Vaccination United Provinces of Agra and Oudh 1902-1913 - 1902-1913
Year: 1902
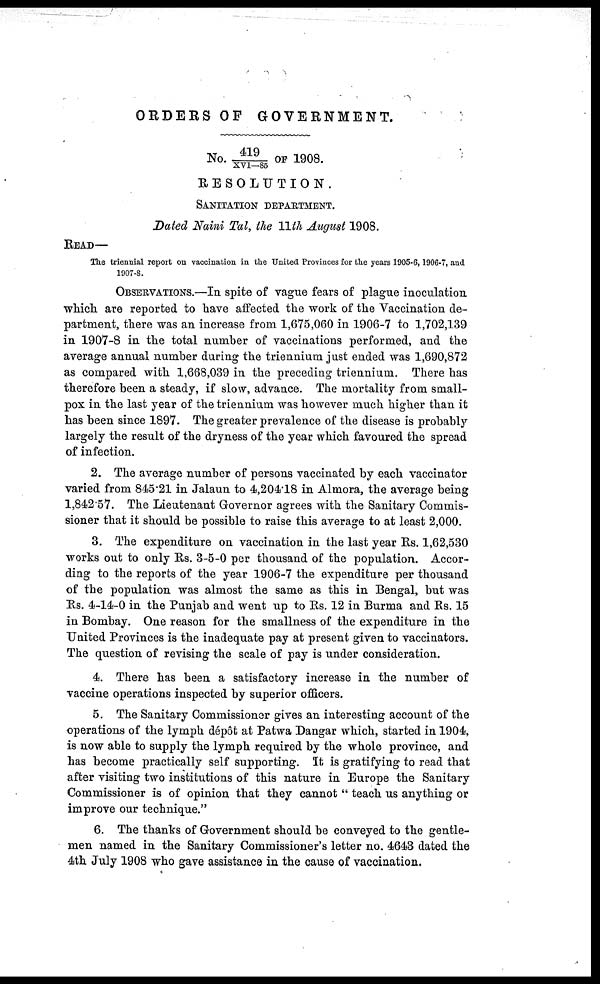
ORDERS OF GOVERNMENT.
No. 419/XVI—85 OF 1908.
RESOLUTION.
SANITATION DEPARTMENT.
Dated Naini Tal, the 11th August 1908.
READ—
The triennial report on vaccination in the United Provinces for the years 1905-6,1906-7, and
1907-8.
OBSERVATIONS.—In spite of vague fears of plague inoculation
which are reported to have affected the work of the Vaccination de-
partment, there was an increase from 1,675,060 in 1906-7 to 1,702,139
in 1907-8 in the total number of vaccinations performed, and the
average annual number during the triennium just ended was 1,690,872
as compared with 1,668,039 in the preceding triennium. There has
therefore been a steady, if slow, advance. The mortality from small-
pox in the last year of the triennium was however much higher than it
has been since 1897. The greater prevalence of the disease is probably
largely the result of the dryness of the year which favoured the spread
of infection.
2. The average number of persons vaccinated by each vaccinator
varied from 845.21 in Jalaun to 4,204.18 in Almora, the average being
1,842.57. The Lieutenant Governor agrees with the Sanitary Commis-
sioner that it should be possible to raise this average to at least 2,000.
3. The expenditure on vaccination in the last year Rs. 1,62,530
works out to only Rs. 3-5-0 per thousand of the population. Accor-
ding to the reports of the year 1906-7 the expenditure per thousand
of the population was almost the same as this in Bengal, but was
Rs. 4-14-0 in the Punjab and went up to Rs. 12 in Burma and Rs. 15
in Bombay. One reason for the smallness of the expenditure in the
United Provinces is the inadequate pay at present given to vaccinators.
The question of revising the scale of pay is under consideration.
4. There has been a satisfactory increase in the number of
vaccine operations inspected by superior officers.
5. The Sanitary Commissioner gives an interesting account of the
operations of the lymph dépôt at Patwa Dangar which, started in 1904,
is now able to supply the lymph required by the whole province, and
has become practically self supporting. It is gratifying to read that
after visiting two institutions of this nature in Europe the Sanitary
Commissioner is of opinion that they cannot " teach us anything or
improve our technique."
6. The thanks of Government should be conveyed to the gentle-
men named in the Sanitary Commissioner's letter no. 4643 dated the
4th July 1908 who gave assistance in the cause of vaccination.